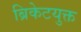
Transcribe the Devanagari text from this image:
ब्रिकेटयुक्त